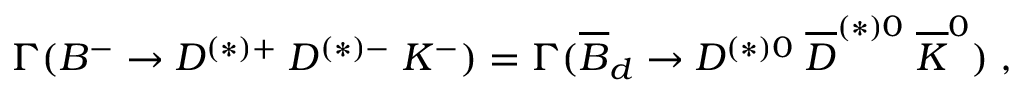
\Gamma ( B ^ { - } \rightarrow D ^ { ( * ) + } \; D ^ { ( * ) - } \; K ^ { - } ) = \Gamma ( \overline { { B } } _ { d } \rightarrow D ^ { ( * ) 0 } \; \overline { { D } } ^ { ( * ) 0 } \; \overline { { K } } ^ { 0 } ) \; ,